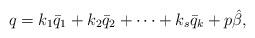
LaTeX: \begin{align*}q=k_1\bar{q}_1+k_2\bar{q}_2+\cdots+k_s\bar{q}_k+p\hat{\beta},\end{align*}